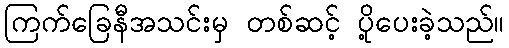
ကြက်ခြေနီအသင်းမှ တစ်ဆင့် ပို့ပေးခဲ့သည်။